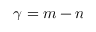
\gamma = m - n